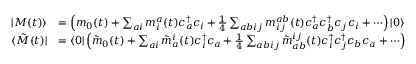
\begin{array} { r l } { \vert { M ( t ) } \rangle } & { = \left( m _ { 0 } ( t ) + \sum _ { a i } m _ { i } ^ { a } ( t ) c _ { a } ^ { \dagger } c _ { i } + \frac { 1 } { 4 } \sum _ { a b i j } m _ { i j } ^ { a b } ( t ) c _ { a } ^ { \dagger } c _ { b } ^ { \dagger } c _ { j } c _ { i } + \cdots \right) \vert { 0 } \rangle } \\ { \langle { \tilde { M } ( t ) } \vert } & { = \langle { 0 } \vert \left( \tilde { m } _ { 0 } ( t ) + \sum _ { a i } \tilde { m } _ { a } ^ { i } ( t ) c _ { i } ^ { \dagger } c _ { a } + \frac { 1 } { 4 } \sum _ { a b i j } \tilde { m } _ { a b } ^ { i j } ( t ) c _ { i } ^ { \dagger } c _ { j } ^ { \dagger } c _ { b } c _ { a } + \cdots \right) } \end{array}